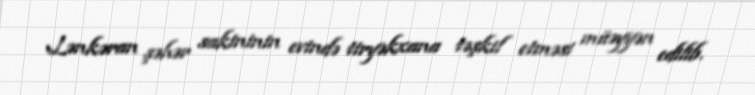
Lənkəran şəhər sakininin evində tiryəkxana təşkil etməsi müəyyən edilib.